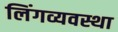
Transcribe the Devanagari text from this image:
लिंगव्यवस्था